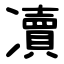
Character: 凟